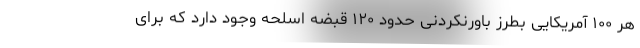
هر ۱۰۰ آمریکایی بطرز باورنکردنی حدود ۱۲۰ قبضه اسلحه وجود دارد که برای